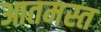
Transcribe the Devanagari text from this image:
आतमस्त